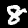
Digit: 8